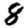
Digit: 8